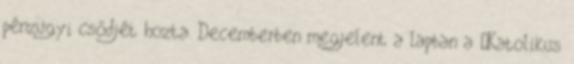
pénzügyi csődjét hozta. Decemberben megjelent a lapban a „Katolikus